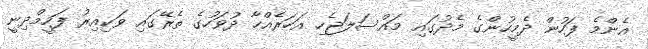
އެންމެ ފަހުން ދެމީހުންގެ މެދުގައި މައްސަލަޖެހި އަހަރެއްހާ ދުވަހުގެ ތެރޭގައި ވަކިއިރު ފަހީމްދިނީ